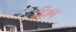
ચિઝમ